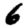
Digit: 6